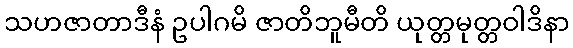
သဟဇာတာဒီနံ ဥပါဂမိ ဇာတိဘူမီတိ ယုတ္တမုတ္တဝါဒိနာ